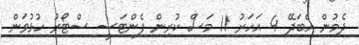
ދެމުން އެބަދޭ 4 އަހަރު 11 މަސް ކުރިން ފެންޓަސީ ސްޓޯރު ހުޅުވަން